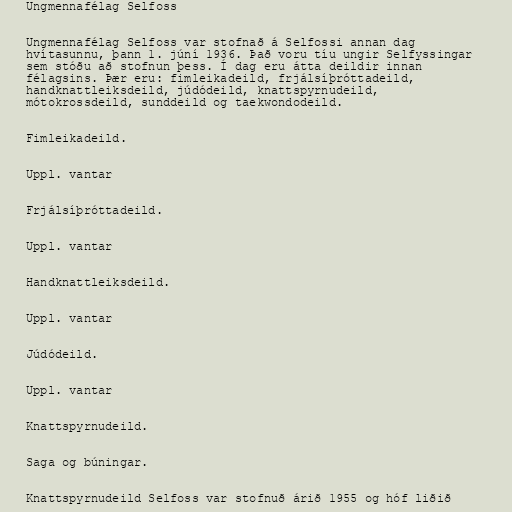
Ungmennafélag Selfoss

Ungmennafélag Selfoss var stofnað á Selfossi annan dag
hvítasunnu, þann 1. júní 1936. Það voru tíu ungir Selfyssingar
sem stóðu að stofnun þess. Í dag eru átta deildir innan
félagsins. Þær eru: fimleikadeild, frjálsíþróttadeild,
handknattleiksdeild, júdódeild, knattspyrnudeild,
mótokrossdeild, sunddeild og taekwondodeild.

Fimleikadeild.

Uppl. vantar

Frjálsíþróttadeild.

Uppl. vantar

Handknattleiksdeild.

Uppl. vantar

Júdódeild.

Uppl. vantar

Knattspyrnudeild.

Saga og búningar.

Knattspyrnudeild Selfoss var stofnuð árið 1955 og hóf liðið